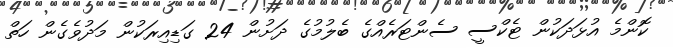
ކޮންމެ އުޅަދަކުން ޓެކްސީ ސެންޓަރެއްގެ ބެލުމުގެ ދަށުން 24 ގަޑިއިރަކުން މަދުވެގެން ހަތް